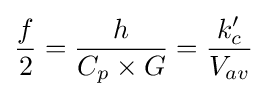
{\frac {f}{2}}={\frac {h}{C_{p}\times G}}={\frac {k'_{c}}{V_{av}}}